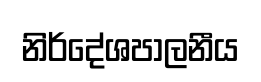
නිර්දේශපාලනීය